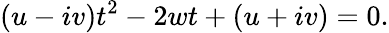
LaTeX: (u-iv)t^{2}-2wt+(u+iv)=0.